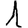
Digit: 1